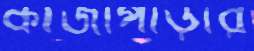
কাজীপাড়ার